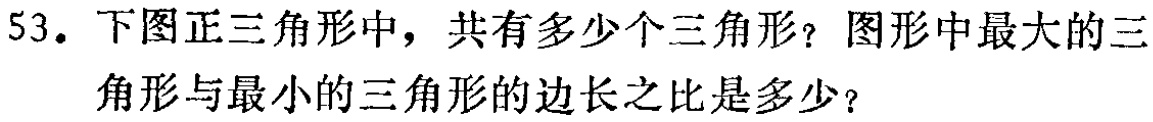
53. 下图正三角形中，共有多少个三角形？图形中最大的三角形与最小的三角形的边长之比是多少？